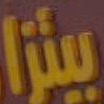
بيتزا